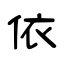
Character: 依